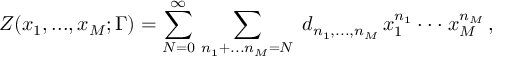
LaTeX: Z ( x _ { 1 } , . . . , x _ { M } ; \Gamma ) = \sum _ { N = 0 } ^ { \infty } \, \sum _ { n _ { 1 } + . . . n _ { M } = N } \; d _ { n _ { 1 } , . . . , n _ { M } } \, x _ { 1 } ^ { n _ { 1 } } \cdot \cdot \cdot x _ { M } ^ { n _ { M } } \, ,